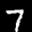
Label: 7